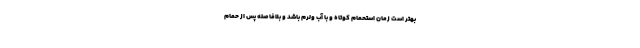
بهتر است زمان استحمام کوتاه و با آب ولرم باشد و بلافاصله پس از حمام